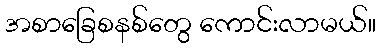
အစာခြေစနစ်တွေ ကောင်းလာမယ်။